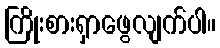
ကြိုးစားရှာဖွေလျက်ပါ။